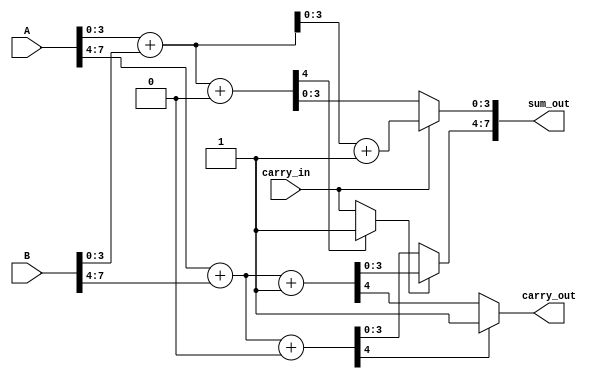
module carry_select_adder #(parameter N = 8, // Total bit width
                            parameter K = 4  // Block size
                           ) (
    input  [N-1:0] A,        // First operand
    input  [N-1:0] B,        // Second operand
    input  carry_in,         // Carry input
    output [N-1:0] sum_out,  // Sum output
    output carry_out          // Carry output
);

    // Number of segments
    localparam NUM_SEGMENTS = N / K;

    // Intermediate signals
    wire [K-1:0] sum0 [0:NUM_SEGMENTS-1]; // Sums when carry_in = 0
    wire [K-1:0] sum1 [0:NUM_SEGMENTS-1]; // Sums when carry_in = 1
    wire carry0 [0:NUM_SEGMENTS-1];        // Carry out when carry_in = 0
    wire carry1 [0:NUM_SEGMENTS-1];        // Carry out when carry_in = 1
    wire carry_select [0:NUM_SEGMENTS-1];  // Selected carry for each segment

    genvar i;
    generate
        for (i = 0; i < NUM_SEGMENTS; i = i + 1) begin : CSA_SEGMENT
            // Segment inputs
            wire [K-1:0] A_segment = A[(i+1)*K-1:i*K];
            wire [K-1:0] B_segment = B[(i+1)*K-1:i*K];

            // Adder when carry_in = 0
            assign {carry0[i], sum0[i]} = A_segment + B_segment + 1'b0;

            // Adder when carry_in = 1
            assign {carry1[i], sum1[i]} = A_segment + B_segment + 1'b1;

            // Carry selection logic
            if (i == 0) begin
                assign carry_select[i] = carry_in;
            end else begin
                assign carry_select[i] = carry0[i-1] ? 1'b1 : carry_in;
            end
        end
    endgenerate

    // Final sum output and carry out
    generate
        for (i = 0; i < NUM_SEGMENTS; i = i + 1) begin : FINAL_SUM
            if (i == 0) begin
                assign sum_out[(i+1)*K-1:i*K] = carry_select[i] ? sum1[i] : sum0[i];
            end else begin
                assign sum_out[(i+1)*K-1:i*K] = carry_select[i] ? sum1[i] : sum0[i];
            end
        end
    endgenerate

    // Final carry out
    assign carry_out = carry0[NUM_SEGMENTS-1] ? 1'b1 : carry1[NUM_SEGMENTS-1];

endmodule